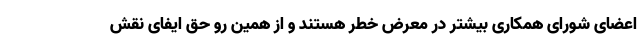
اعضای شورای همکاری بیشتر در معرض خطر هستند و از همین رو حق ایفای نقش